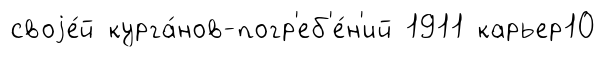
своjе́й курга́нов-погр'еб'е́н'ий 1911 карьер10